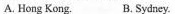
A. Hong Kong. B. Sydney.